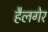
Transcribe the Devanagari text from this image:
हैलगेर